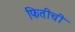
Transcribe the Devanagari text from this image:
फितीची